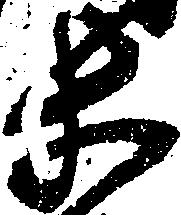
等